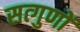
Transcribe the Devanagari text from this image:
सत्गुणों